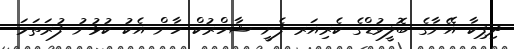
ދިޕިކާ އޭނާގެ ބޮލީވުޑްގެ ކެރިއަރ ފެށީ ޝާހްރުކް ހާން އެކު ކުޅުނު ފުރަތަމަ